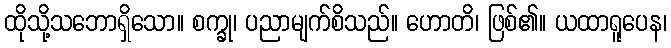
ထိုသို့သဘောရှိသော။ စက္ခု၊ ပညာမျက်စိသည်။ ဟောတိ၊ ဖြစ်၏။ ယထာရူပေန၊